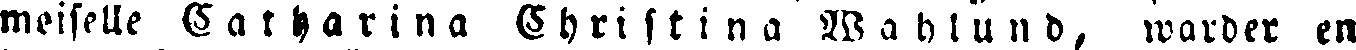
meiselle Catharina Christina Wahlund, warder en